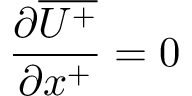
\frac { \partial \overline { { U ^ { + } } } } { \partial x ^ { + } } = 0